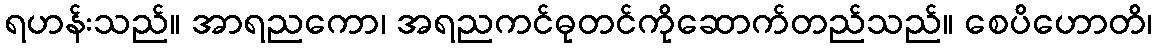
ရဟန်းသည်။ အာရညကော၊ အရညကင်ဓုတင်ကိုဆောက်တည်သည်။ စေပိဟောတိ၊